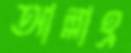
আল্লাহ্র